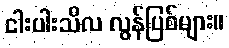
ငါးပါးသီလ လွန်ပြစ်များ။